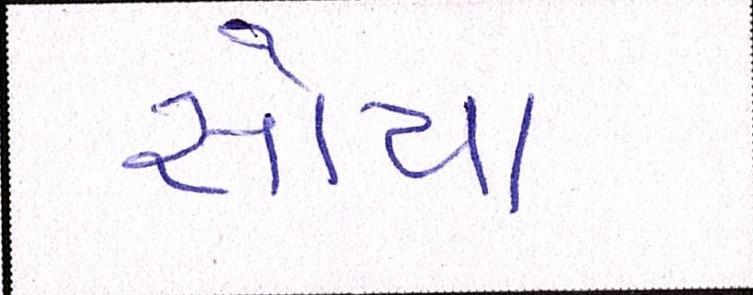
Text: સોયા